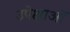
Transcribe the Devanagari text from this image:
उपेक्षाओं